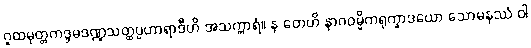
ဂူထမုတ္တကဒ္ဒမဒဏ္ဍသတ္ထပ္ပဟာရာဒီဟိ အသက္ကာရံ။ န တေဟိ နာဂဝမ္မိကရုက္ခာဒယော သောမနဿံ ဝါ